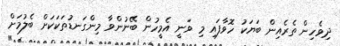
ދިވެހިން ތެރެއިން ބަޔަކު ހޮވާފައި މި ވަނީ އެމީހުން ބޭނުންވާ މިންގަނޑުތަކަކަށް ބެލުމަށް